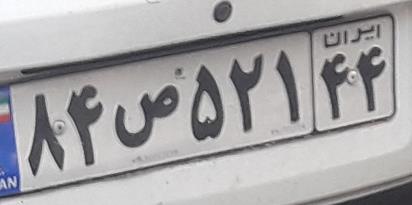
۸۴ص۵۲۱۴۴